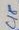
Text: C18